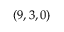
( 9 , 3 , 0 )